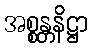
အစ္စန္တနိဋ္ဌာ